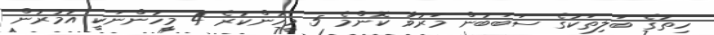
ހިތުގެ ބަލިތަކުގެ ސަބަބުން މަރުވާ ކޮންމެ 5 މީހުންކުރެ 4 މީހުންނަކީ އުމުރުން